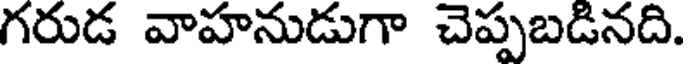
గరుడ వాహనుడుగా చెప్పబడినది.